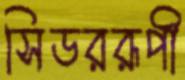
সিডররূপী